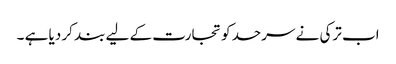
اب ترکی نے سرحد کو تجارت کے لیے بند کر دیا ہے ۔